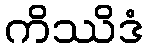
ကိဿိဒံ